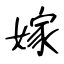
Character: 嫁